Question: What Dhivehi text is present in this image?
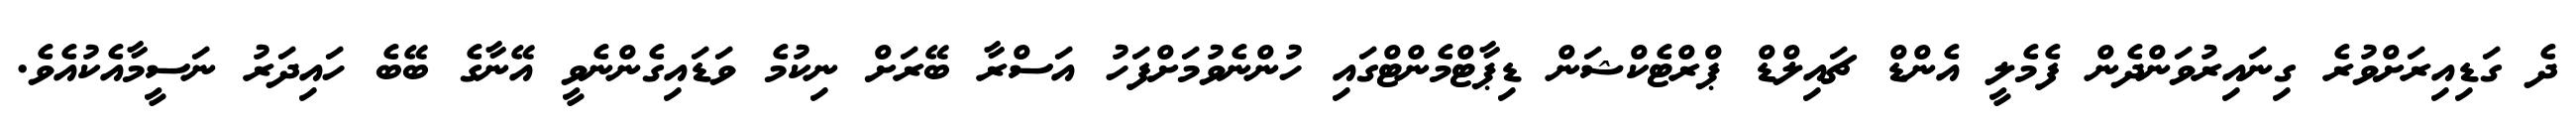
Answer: ދެ ގަޑިއިރަށްވުރެ ގިނައިރުވަންދެން ފެމެލީ އެންޑް ޗައިލްޑް ޕްރްޓެކްޝަން ޑިޕާޓްމެންޓްގައި ހުންނެވުމަށްފަހު އަސްރާ ބޭރަށް ނިކުމެ ވަޑައިގެންނެވީ އޭނާގެ ބޭބެ ހައިދަރު ނަސީމާއެކުއެވެ.